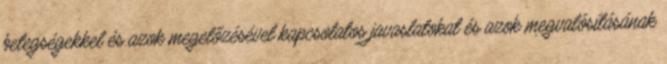
betegségekkel és azok megelőzésével kapcsolatos javaslatokat és azok megvalósításának